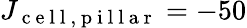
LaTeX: J_{\mathrm{~c~e~l~l~,~p~i~l~l~a~r~}}=-50